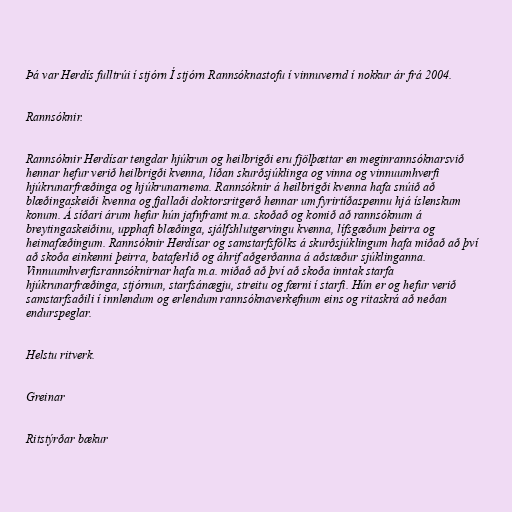
Þá var Herdís fulltrúi í stjórn Í stjórn Rannsóknastofu í vinnuvernd í nokkur ár frá 2004.

Rannsóknir.

Rannsóknir Herdísar tengdar hjúkrun og heilbrigði eru fjölþættar en meginrannsóknarsvið
hennar hefur verið heilbrigði kvenna, líðan skurðsjúklinga og vinna og vinnuumhverfi
hjúkrunarfræðinga og hjúkrunarnema. Rannsóknir á heilbrigði kvenna hafa snúið að
blæðingaskeiði kvenna og fjallaði doktorsritgerð hennar um fyrirtíðaspennu hjá íslenskum
konum. Á síðari árum hefur hún jafnframt m.a. skoðað og komið að rannsóknum á
breytingaskeiðinu, upphafi blæðinga, sjálfshlutgervingu kvenna, lífsgæðum þeirra og
heimafæðingum. Rannsóknir Herdísar og samstarfsfólks á skurðsjúklingum hafa miðað að því
að skoða einkenni þeirra, bataferlið og áhrif aðgerðanna á aðstæður sjúklinganna.
Vinnuumhverfisrannsóknirnar hafa m.a. miðað að því að skoða inntak starfa
hjúkrunarfræðinga, stjórnun, starfsánægju, streitu og færni í starfi. Hún er og hefur verið
samstarfsaðili í innlendum og erlendum rannsóknaverkefnum eins og ritaskrá að neðan
endurspeglar.

Helstu ritverk.

Greinar

Ritstýrðar bækur